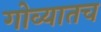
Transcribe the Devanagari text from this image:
गोव्यातच